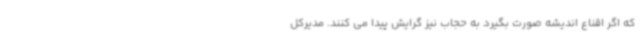
که اگر اقناع اندیشه صورت بگیرد به حجاب نیز گرایش پیدا می کنند. مدیرکل